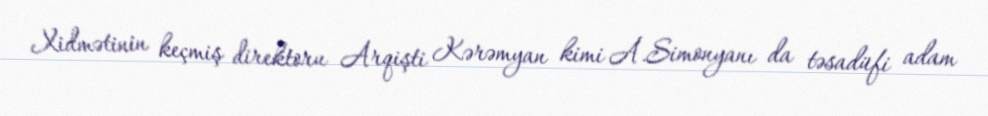
Xidmətinin keçmiş direktoru Arqişti Kərəmyan kimi A.Simonyanı da təsadüfi adam